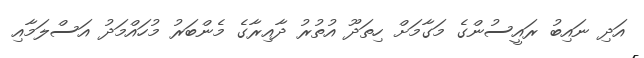
އަދި ނައިބު ރައީސުންގެ މަގާމަށް ހިތަދޫ އުތުރު ދާއިރާގެ މެންބަރު މުހައްމަދު އަސްލަމާއި